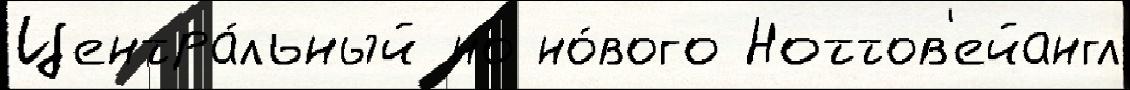
Центра́льный но но́вого Ноттов'ейангл